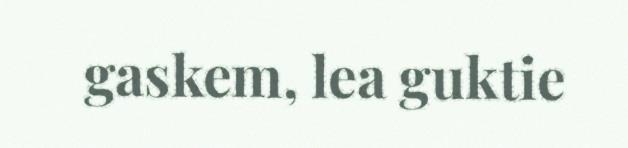
gaskem, lea guktie